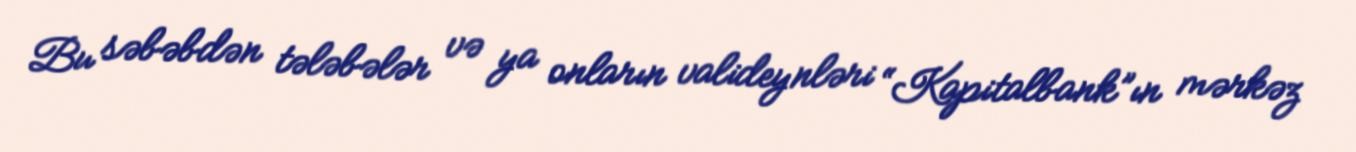
Bu səbəbdən tələbələr və ya onların valideynləri “Kapitalbank”ın mərkəz